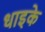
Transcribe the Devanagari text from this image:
धाइके